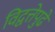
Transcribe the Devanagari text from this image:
विद्वत्तेपुढे